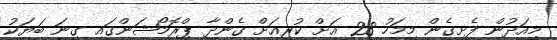
މިއަދުން ފެށިގެން މިމަހު 28 އަށް ކުރިއަށް ގެންދާ ޕްރޮމޯޝަންގައި ގިނަ ބަޔަކު